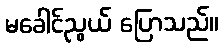
မခေါင်ညွယ် ပြောသည်။